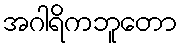
အဂါရိကဘူတော